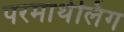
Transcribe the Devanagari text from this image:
परमार्थलिंग